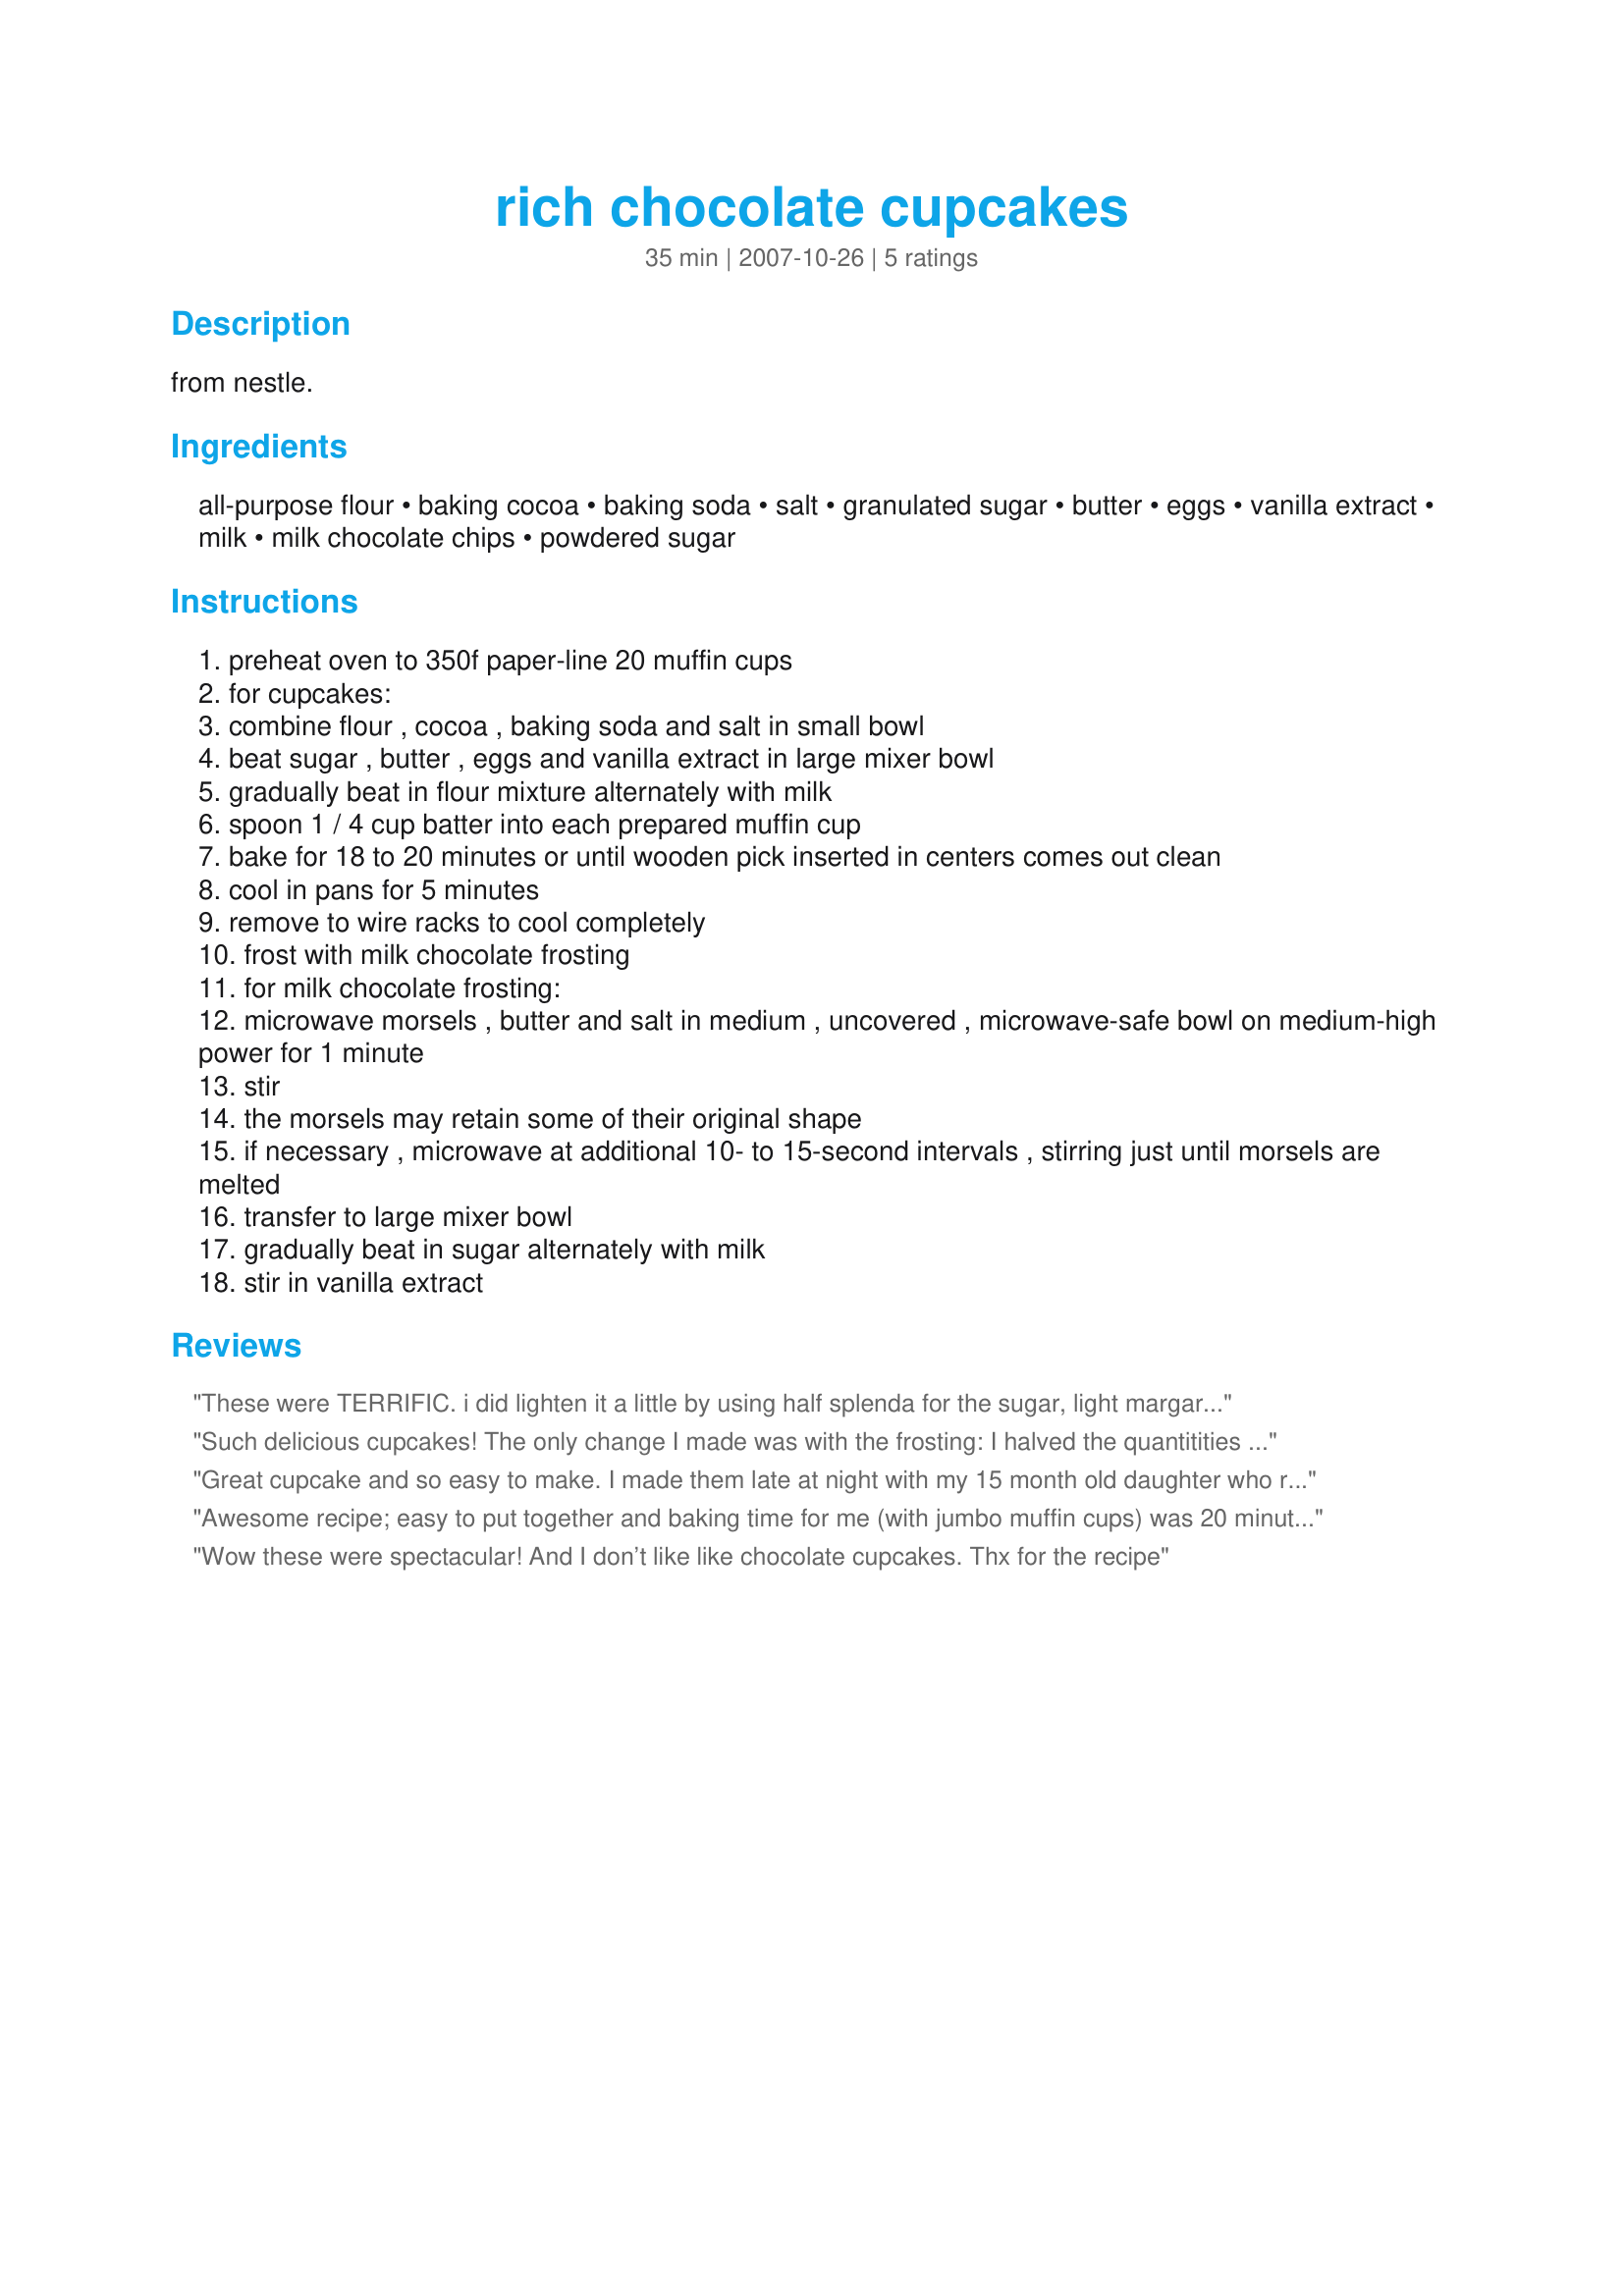
rich chocolate cupcakes
Preparation time: 35 minutes

from nestle.

Ingredients:
all-purpose flour, baking cocoa, baking soda, salt, granulated sugar, butter, eggs, vanilla extract, milk, milk chocolate chips, powdered sugar

Steps:
preheat oven to 350f paper-line 20 muffin cups
for cupcakes:
combine flour , cocoa , baking soda and salt in small bowl
beat sugar , butter , eggs and vanilla extract in large mixer bowl
gradually beat in flour mixture alternately with milk
spoon 1 / 4 cup batter into each prepared muffin cup
bake for 18 to 20 minutes or until wooden pick inserted in centers comes out clean
cool in pans for 5 minutes
remove to wire racks to cool completely
frost with milk chocolate frosting
for milk chocolate frosting:
microwave morsels , butter and salt in medium , uncovered , microwave-safe bowl on medium-high power for 1 minute
stir
the morsels may retain some of their original shape
if necessary , microwave at additional 10- to 15-second intervals , stirring just until morsels are melted
transfer to large mixer bowl
gradually beat in sugar alternately with milk
stir in vanilla extract

Reviews:
These were TERRIFIC.

i did lighten it a little by using half splenda for the sugar, light margarine and egg substitute as well as low fat buttermilk.

thanks redsie!
Such delicious cupcakes! The only change I made was with the frosting: I halved the quantitities and used dark chocolate. Thanks for posting the recipe!
Great cupcake and so easy to make. I made them late at night with my 15 month old daughter who refused to sleep. We had a great time and made the icing the next day. The icing is great and will be used for other cakes and such. Definitely a keepsake recipe. Thanks for posting Redsie.
Awesome recipe; easy to put together and baking time for me (with jumbo muffin cups) was 20 minutes. I didn't use liners, and used soy milk for the regular milk; that was my only substitution. Even with greasing with shortening, especially the bottoms, I had a few cupcakes that still stuck to the bottom of the cups. These pans are quite old so I ordered new ones today; thinking the nonstick coating may be worn out. Any advice? I've Googled for tips and techniques and feel I've tried all of them. I also made red velvet cupcakes in these same pans, which use buttermilk, and had no sticking. Does that make a difference, I wonder?
Wow these were spectacular! And I don’t like like chocolate cupcakes. Thx for the recipe
